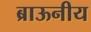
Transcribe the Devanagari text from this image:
ब्राऊनीय